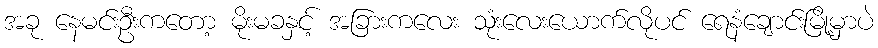
အခု နေမင်းဦးကတော့ မိုးမခနှင့် အခြားကလေး သုံးလေးယောက်လိုပင် ရေနံချောင်းမြို့မှာပဲ